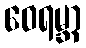
ဝေရမ္ဘာ